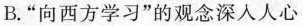
B.”向西方学习”的观念深人人心